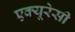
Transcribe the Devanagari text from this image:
एक्यूरेसी